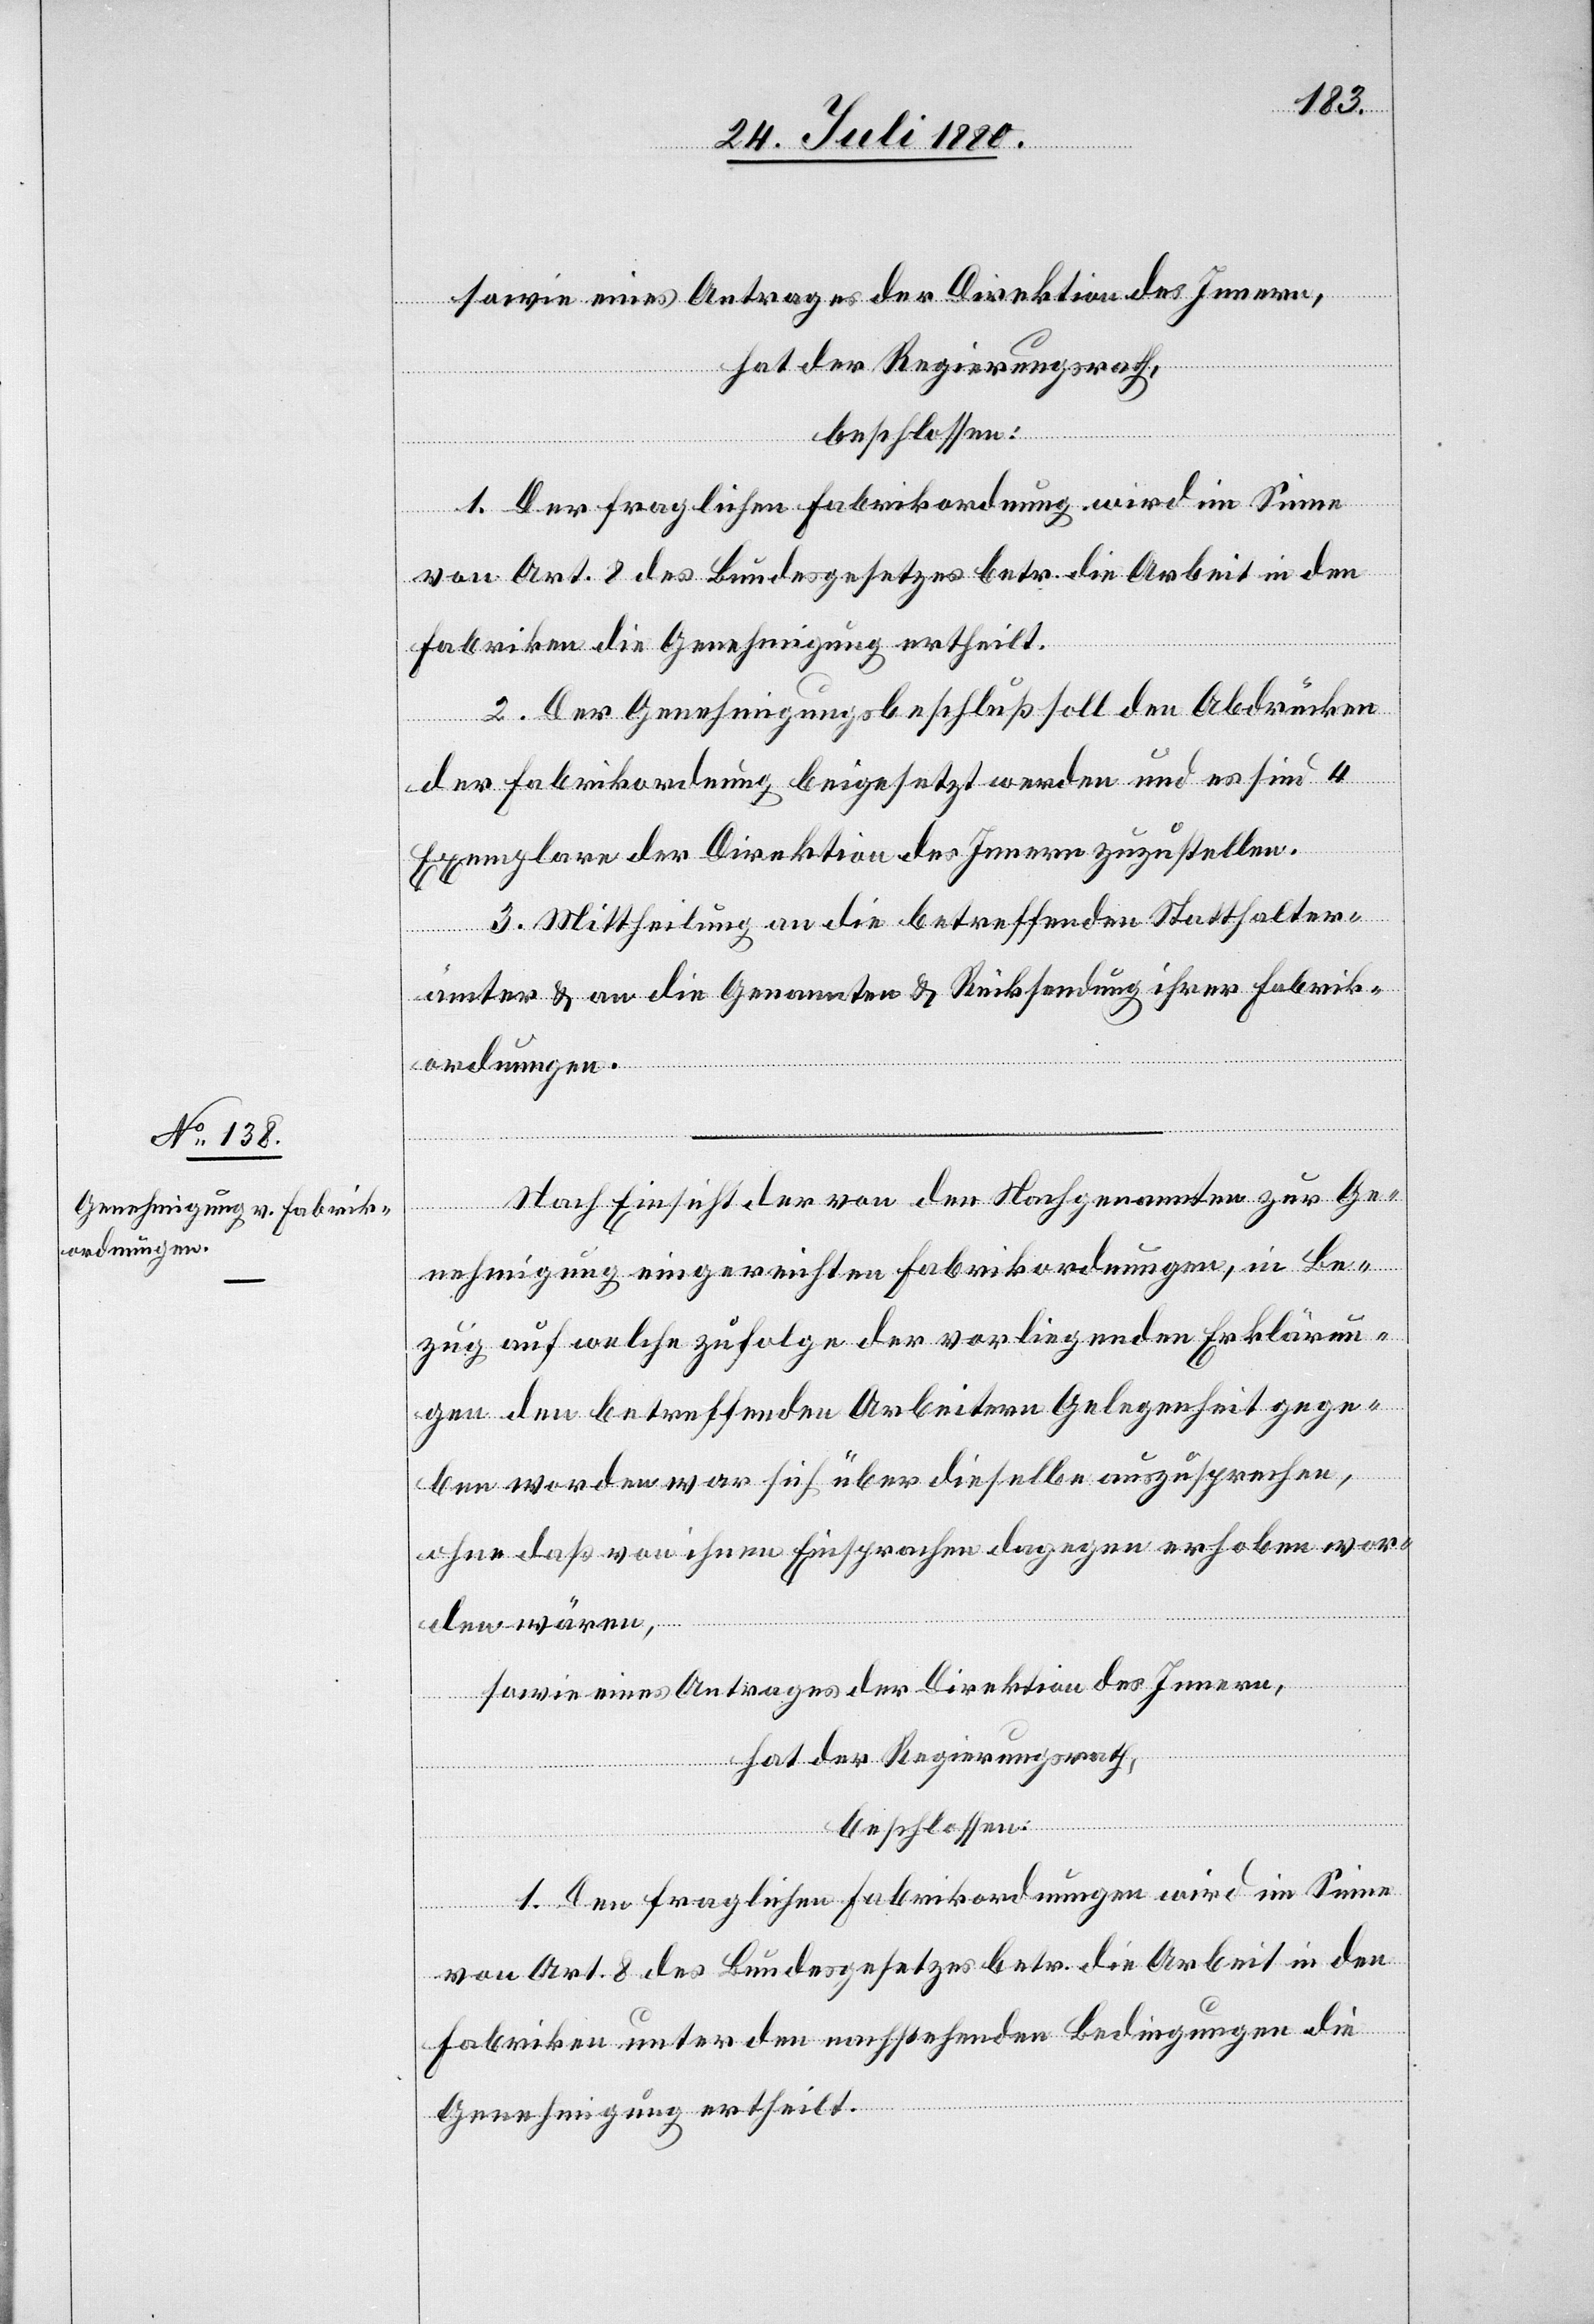
sowie eines Antrages der Direktion des Innern,
hat der Regierungsrath,
beschlossen:
1. Der fraglichen Fabrikordnung wird im Sinne
von Art. 8 des Bundesgesetzes betr. die Arbeit in den
Fabriken die Genehmigung ertheilt.
2. Der Genehmigungsbeschluß soll den Abrücken
der Fabrikordnung beigesetzt werden und es sind 4
Exemplare der Direktion des Innern zuzustellen.
3. Mittheilungen an die betreffenden Statthalter¬
[Fortsetzung
ämter & an die Genannten & Rücksendung ihrer Fabrik¬
ordnungen.
Nach Einsicht der von der Nachgenannten zur Ge¬
nehmigung eingereichten Fabrikordnungen, in Be¬
zug auf welche zufolge der vorliegenden Erklärun¬
gen den betreffenden Arbeitern Gelegenheit gege¬
ben worden war sich über dieselben auszusprechen,
ohne daß von ihnen Einsprachen dagegen erhoben wor¬
den wären,
sowie eines Antrages der Direktion des Innern,
hat der Regierungsrath,
beschlossen:
1. Den fraglichen Fabrikordnungen wird im Sinne
von Art. 8 des Bundesgesetzes betr. die Arbeit in den
Fabriken unter den nachstehenden Bedingungen die
Genehmigung ertheilt.